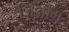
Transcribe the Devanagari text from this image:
जिओंग